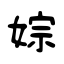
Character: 婃